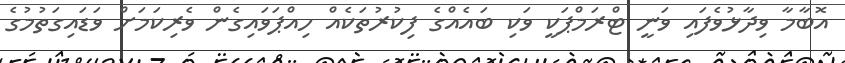
އޮބާމާ ވިދާޅުވެފައި ވަނީ ޓްރަމްޕަކީ ވަކި ބައެއްގެ ފިކުރުތަކެއް ހިއްޕަވައިގެން ވެރިކަމަށް ވަޑައިގަތުމުގެ